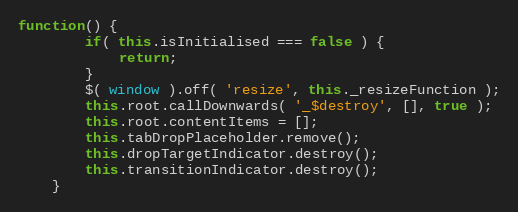
Language: JavaScript
function() {
		if( this.isInitialised === false ) {
			return;
		}
		$( window ).off( 'resize', this._resizeFunction );
		this.root.callDownwards( '_$destroy', [], true );
		this.root.contentItems = [];
		this.tabDropPlaceholder.remove();
		this.dropTargetIndicator.destroy();
		this.transitionIndicator.destroy();
	}